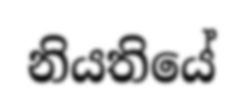
නියතියේ